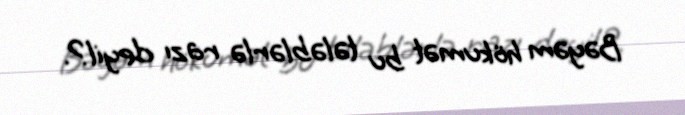
Bəyəm hökumət bu tələblərlə razı deyil?.